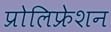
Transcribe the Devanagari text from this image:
प्रोलिफ्रेशन